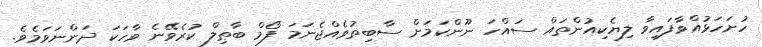
ހުށަހަޅުއްވާފައިވާ ލިޔެކިއުންތައް ސައްހަ ނޫންކަމަށް ސާބިތުވެއްޖެނަމަ ފޯމް ބާޠިލް ކުރެވޭނެ ވާހަކަ ދަންނަވަމެވެ.